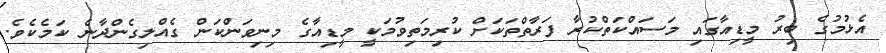
އެޅުމުގެ ބިރު މީޑިއާގައި މަސައްކަތްކުރާ ފަރާތްތަކަށް ކުރިމަތިވުމަކީ މީޑިއާގެ މިނިވަންކަން ގެއްލިގެންދާނެ ކަމެކެވެ.